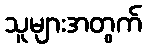
သူများအတွက်